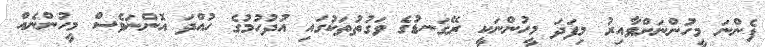
ފެންނަ މީހުންނަށްވާއިރު މިފަދަ މީހުންނަކީ ރޭގަނޑުގެ ވަގުތުތަކުގައި އުދުހުމުގެ ހުއްދަ އޮންނަވެސް މީހުންނެއް